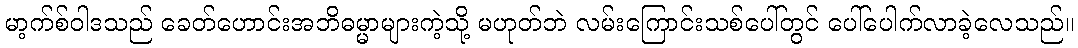
မာ့က်စ်ဝါဒသည် ခေတ်ဟောင်းအဘိဓမ္မာများကဲ့သို့ မဟုတ်ဘဲ လမ်းကြောင်းသစ်ပေါ်တွင် ပေါ်ပေါက်လာခဲ့လေသည်။